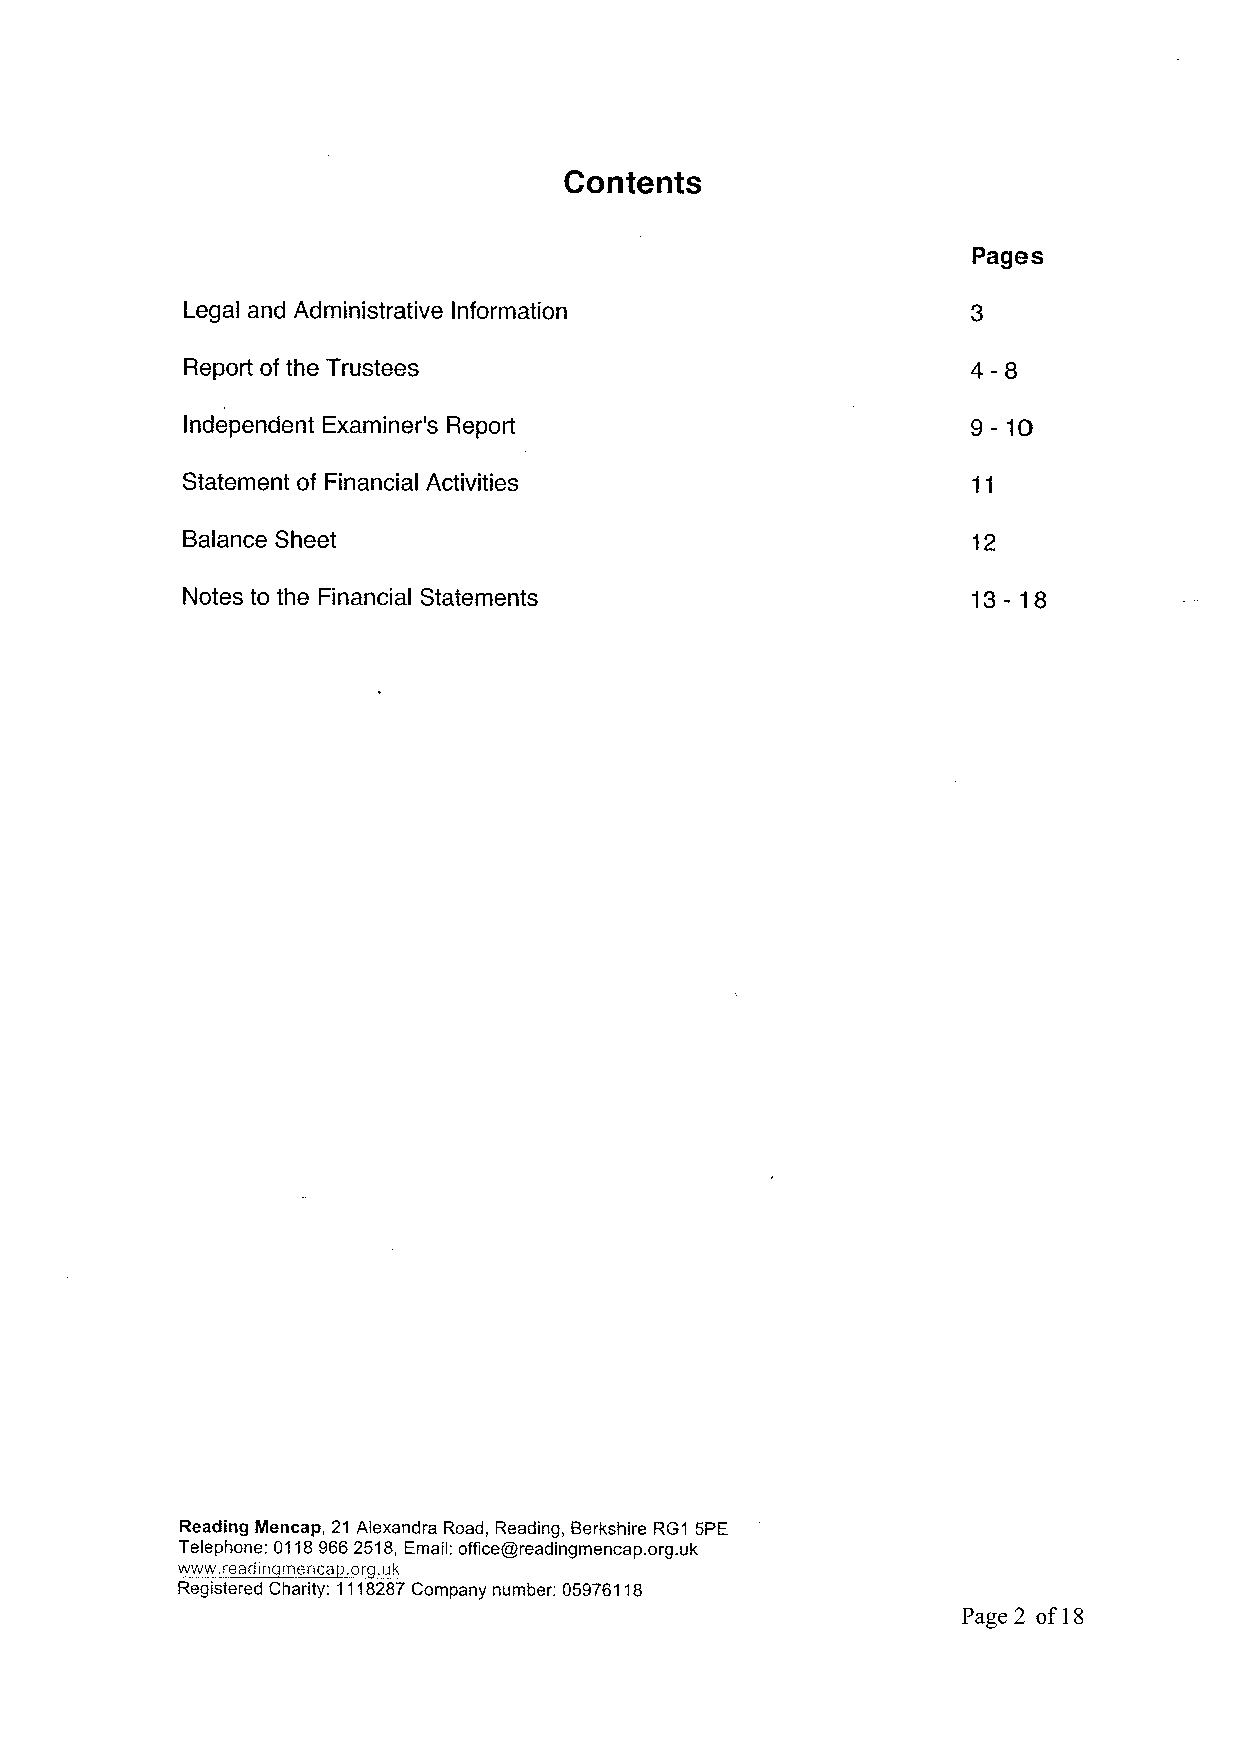
Contents
 Pages
 Legal and Administrative Information
 4-8
 Report of the Trustees
 9-10
 Independent Examiner's Report
 Statement of Financial Activities
 Balance Sheet                                       12
 Notes to the Financial Statements                   13-18
 Reading Mencap, 21 Alexandra Road, Reading, Berkshire RG1 5PE
 Telephone: 01189662518, Email: office@readingmencap. org.uk
 www. readin menca .or .uk
 Registered Charity: 1118287Company number: 05976118
 Page 2 of18